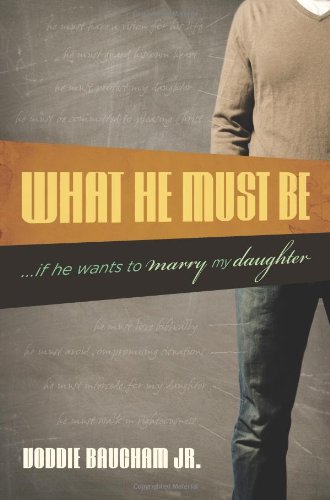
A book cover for What He Must Be: ...If He Wants to Marry My Daughter; Voddie Baucham Jr.; Self-Help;